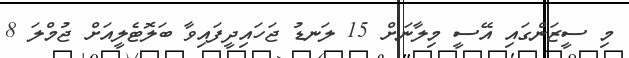
މި ސީޒަންގައި އޭސީ މިލާނަށް 15 ލަނޑު ޖަހައިދީފައިވާ ބަލޮޓެލީއަށް ޖުމްލަ 8